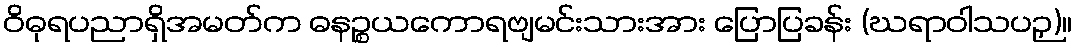
ဝိဓုရပညာရှိအမတ်က ဓနဉ္စယကောရဗျမင်းသားအား ပြောပြခန်း (ဃရာဝါသပဉှ)။